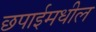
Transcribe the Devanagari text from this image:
छपाईमधील